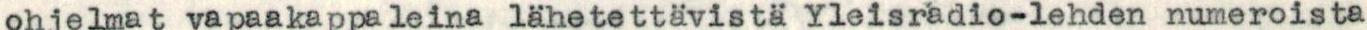
ohjelmat vapaakappaleina lähetettävistä Yleisradio-lehden numeroista